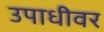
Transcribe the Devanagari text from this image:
उपाधीवर